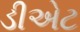
ડીએટ